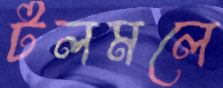
টলমলে